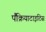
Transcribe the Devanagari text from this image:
पैंक्रियाटाइटिस